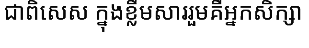
ជាពិសេស ក្នុងខ្លឹមសាររួមគឺអ្នកសិក្សា